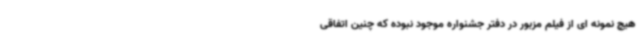
هیچ نمونه ای از فیلم مزبور در دفتر جشنواره موجود نبوده که چنین اتفاقی